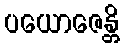
ပယောဇေန္တိ